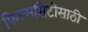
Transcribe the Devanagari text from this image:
फिल्मसिटीसाठी